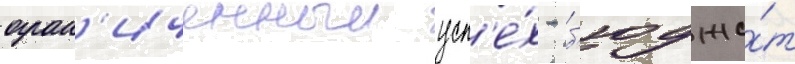
огран'иченныи усп'е́х - б'юдже́т